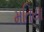
મતિયા